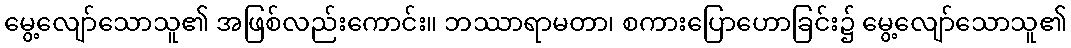
မွေ့လျော်သောသူ၏ အဖြစ်လည်းကောင်း။ ဘဿာရာမတာ၊ စကားပြောဟောခြင်း၌ မွေ့လျော်သောသူ၏